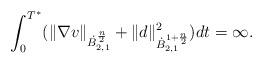
LaTeX: \begin{align*}\int_0^{T^\ast}(\|\nabla v\|_{\dot{B}_{2,1}^{\frac{n}{2}}}+\|d\|^2_{\dot{B}_{2,1}^{1+\frac{n}{2}}})dt=\infty.\end{align*}